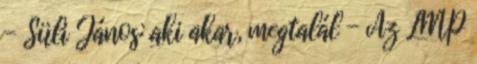
- Süli János: aki akar, megtalál - Az LMP